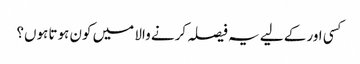
کسی اور کے لیے یہ فیصلہ کرنے والا میں کون ہوتا ہوں؟